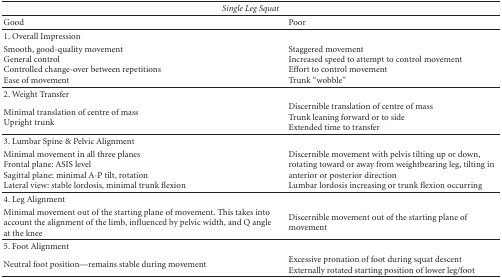
<table><thead><tr><td colspan="2"><b><i>Single Leg Squat</i></b></td></tr></thead><tbody><tr><td>Good</td><td>Poor</td></tr><tr><td>1. Overall Impression</td><td></td></tr><tr><td>Smooth, good-quality movementGeneral controlControlled change-over between repetitionsEase of movement</td><td>Staggered movementIncreased speed to attempt to control movementEffort to control movement Trunk “wobble” </td></tr><tr><td>2. Weight Transfer</td><td></td></tr><tr><td>Minimal translation of centre of massUpright trunk</td><td>Discernible translation of centre of massTrunk leaning forward or to sideExtended time to transfer</td></tr><tr><td>3. Lumbar Spine &amp; Pelvic Alignment</td><td></td></tr><tr><td>Minimal movement in all three planesFrontal plane: ASIS level Sagittal plane: minimal A-P tilt, rotationLateral view: stable lordosis, minimal trunk flexion</td><td>Discernible movement with pelvis tilting up or down, rotating toward or away from weightbearing leg, tilting in anterior or posterior directionLumbar lordosis increasing or trunk flexion occurring</td></tr><tr><td>4. Leg Alignment</td><td></td></tr><tr><td>Minimal movement out of the starting plane of movement. This takes into account the alignment of the limb, influenced by pelvic width, and Q angle at the knee</td><td>Discernible movement out of the starting plane of movement</td></tr><tr><td>5. Foot Alignment</td><td></td></tr><tr><td>Neutral foot position—remains stable during movement</td><td>Excessive pronation of foot during squat descentExternally rotated starting position of lower leg/foot</td></tr></tbody></table>